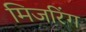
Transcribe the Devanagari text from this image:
मिजरिंग